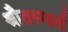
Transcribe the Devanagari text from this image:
श्रौतस्मार्त